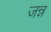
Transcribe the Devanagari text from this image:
जन्न